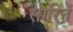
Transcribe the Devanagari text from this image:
सारिनें